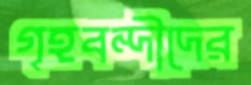
গৃহবন্দীদের